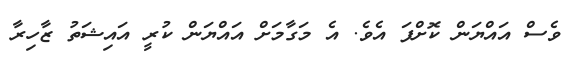
ވެސް އައްޔަން ކޮށްފަ އެވެ. އެ މަގާމަށް އައްޔަން ކުރީ އައިޝަތު ޒާހިރާ